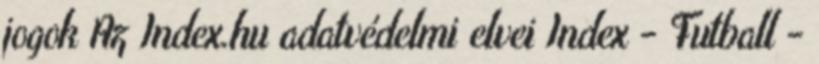
jogok Az Index.hu adatvédelmi elvei Index - Futball -